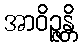
အာဝိဉ္ဇန္တိ